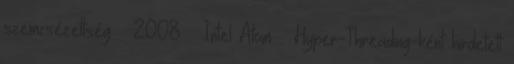
szemcsézettség ● 2008 – Intel Atom – Hyper-Threading-ként hirdetett